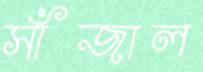
সাঁজাল